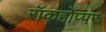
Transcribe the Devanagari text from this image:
रॉकहोप्पर